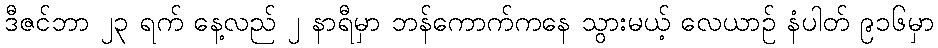
ဒီဇင်ဘာ ၂၃ ရက် နေ့လည် ၂ နာရီမှာ ဘန်ကောက်ကနေ သွားမယ့် လေယာဉ် နံပါတ် ၉၁၆မှာ